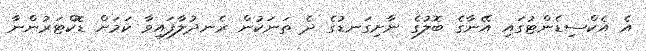
އެ އެކްސިޑެންޓުގައި އޭނާގެ ބޮލުގެ ނާށިގަނޑުގެ ދެ ތަނަކުން ރެނދުލާފައިވާ ކަމަށް ޑޮކްޓަރުންނާ